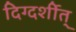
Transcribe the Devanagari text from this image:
दिग्दर्शीत्